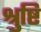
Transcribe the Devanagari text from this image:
श्रुष्टि